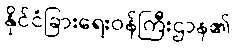
နိုင်ငံခြားရေးဝန်ကြီးဌာန၏